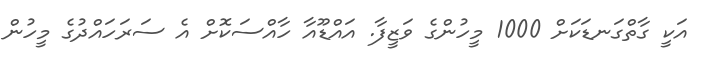
އަކީ ގާތްގަނޑަކަށް 1000 މީހުންގެ ވަޒީފާ. އައްޑޫއާ ހާއްސަކޮށް އެ ސަރަހައްދުގެ މީހުން